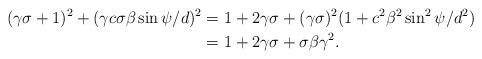
LaTeX: \begin{align*} (\gamma\sigma+1)^2+(\gamma c\sigma\beta\sin{\psi}/d)^2&=1+2\gamma\sigma+(\gamma\sigma)^2(1+c^2\beta^2\sin^2{\psi}/d^2)\\&=1+2\gamma\sigma+\sigma\beta\gamma^2.\end{align*}